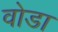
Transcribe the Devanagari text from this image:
वोडा